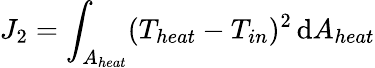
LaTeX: J_{2}=\int_{A_{heat}}(T_{heat}-T_{in})^{2}\, \mathrm{d}A_{heat}